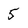
Character: 5